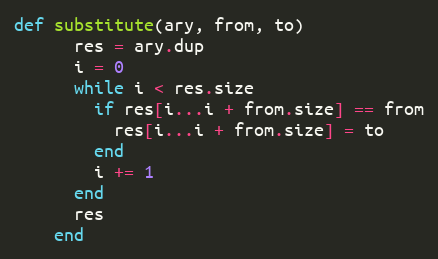
Language: Ruby
def substitute(ary, from, to)
      res = ary.dup
      i = 0
      while i < res.size
        if res[i...i + from.size] == from
          res[i...i + from.size] = to
        end
        i += 1
      end
      res
    end